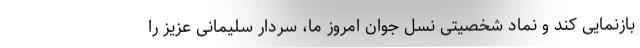
بازنمایی کند و نماد شخصیتی نسل جوان امروز ما، سردار سلیمانی عزیز را